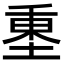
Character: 𡍺